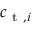
c _ { \mathrm { ~ t ~ } , i }